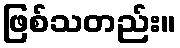
ဖြစ်သတည်း။